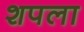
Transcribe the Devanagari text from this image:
शपला